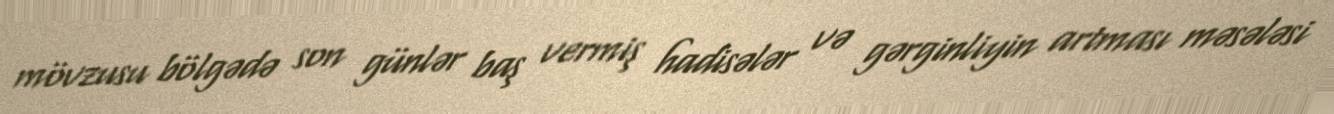
mövzusu bölgədə son günlər baş vermiş hadisələr və gərginliyin artması məsələsi